NAE_ERA_R-1_Eesti_Vabariigi_Ministrite_Noukogu, lk 101
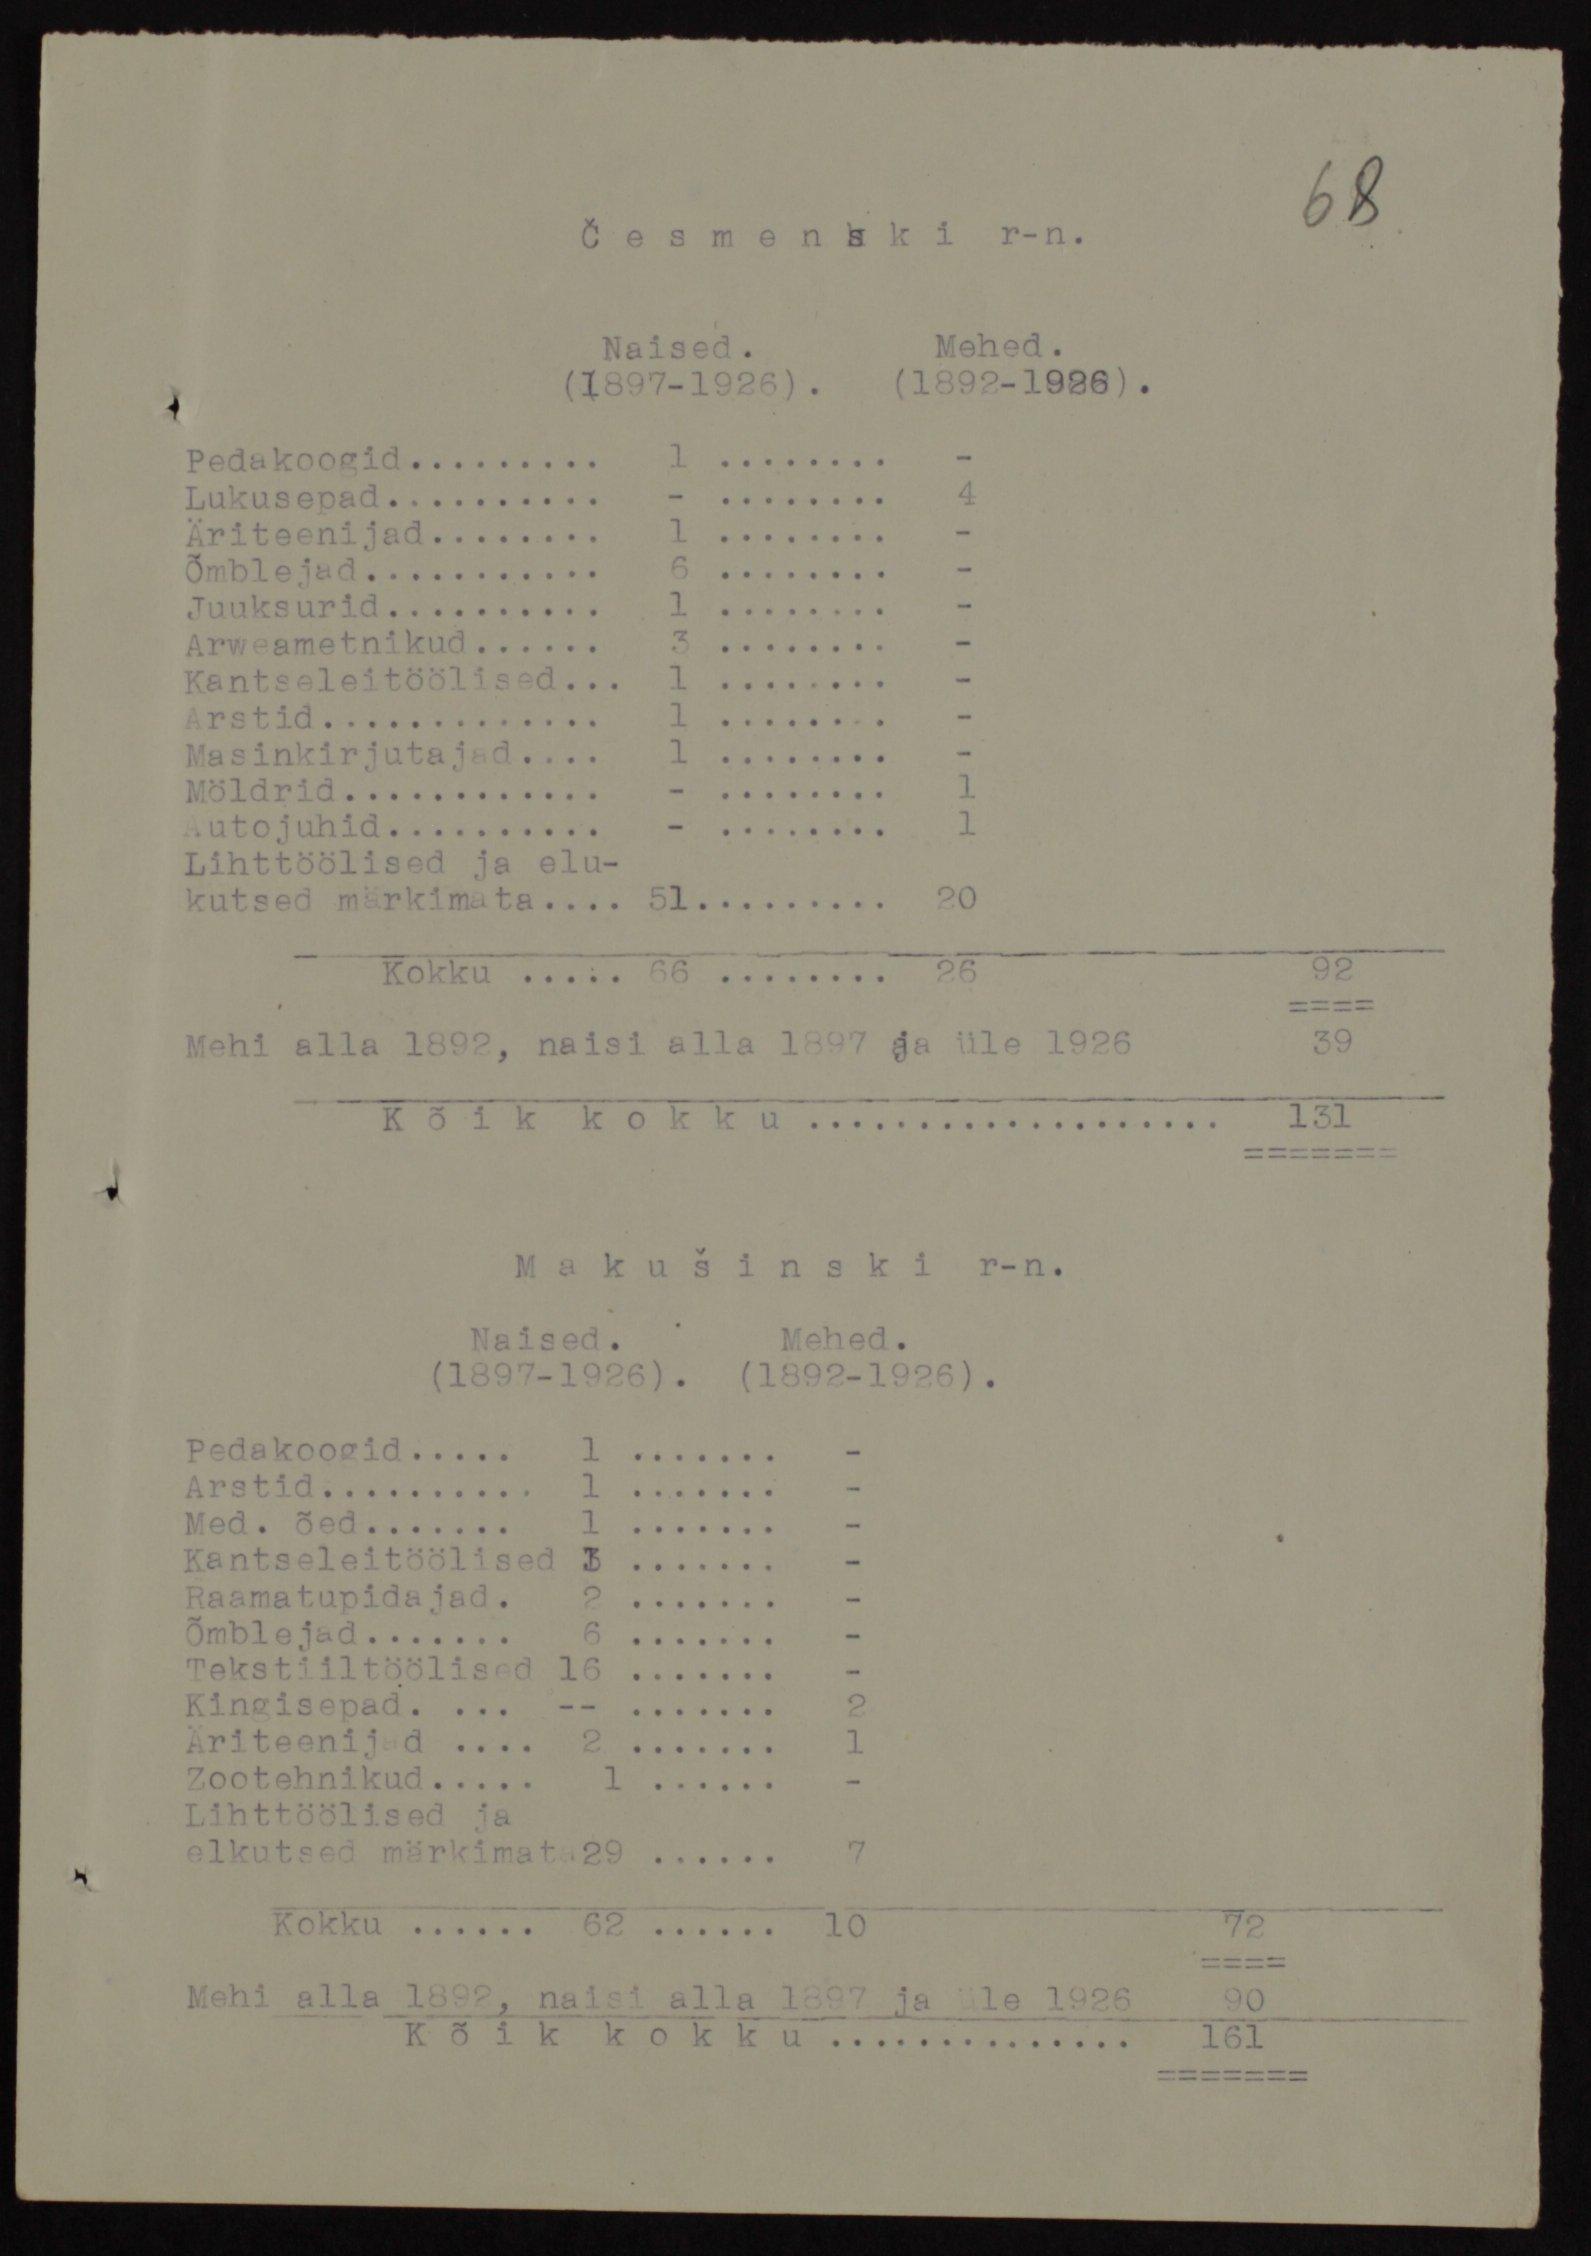
Česmenski r-n.
Naised. Mehed.
(1897-1926). (1892-1926).
Pedakoogid 1
Lukusepad -
Äriteenijad 1
Õmblejad 6
Juuksurid 1
Arweametnikud 3
Kantseleitöölised 1
Arstid 1
Masinkirjutajad 1
Möldrid -
Autojuhid -
Lihttöölised ja elu-
kutsed märkimata 51 20
Kokku 66 26
Mehi alla 1892, naisi alla 1897 ja üle 1926
Kõik kokku 131
Makušinski r-n.
Naised. Mehed.
(1897-1926). (1892-1926).
Pedakoogid 1
Arstid 1
Med. õed 1
Kantseleitöölised 3
Raamatupidajad. 2
Õmblejad 6
Tekstiiltöölised 16
Kingisepad --
Äriteenijad 2
Zootehnikud 1
Lihttöölised ja
elkutsed märkimata 29
Kokku 62 10
Mehi alla 1892, naisi alla 8597 ja üle 1926 90
Kõik kokku 161